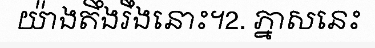
យ៉ាងតឹងរឹងនោះ។2. ភ្នាសនេះ